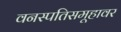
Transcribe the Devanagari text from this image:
वनस्पतिसमूहावर